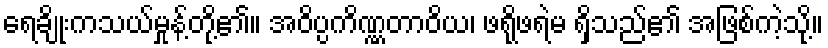
ရေချိုးကသယ်မှုန့်တို့၏။ အဝိပ္ပကိဏ္ဏတာဝိယ၊ ဖရိုဖရဲမ ရှိသည်၏ အဖြစ်ကဲ့သို့။